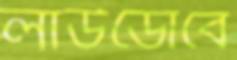
লাউডোবে